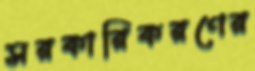
সরকারিকরণের